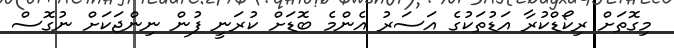
މިގޮތަށް ރިކޯޑްކުރާ އަޑުތަކުގެ އަސަރު އެންމެ ބޮޑަށް ކުރަނީ ފުން ނިންޖަކަށް ނުގޮސް